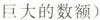
巨大的数额)